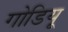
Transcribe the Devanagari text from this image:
गोडियू